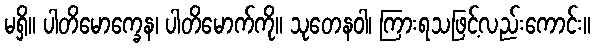
မရှိ။ ပါတိမောက္ခေန၊ ပါတိမောက်ကို။ သုတေနဝါ၊ ကြားရသဖြင့်လည်းကောင်း။